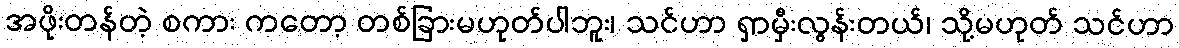
အဖိုးတန်တဲ့ စကား ကတော့ တစ်ခြားမဟုတ်ပါဘူး၊ သင်ဟာ ရှာမှီးလွန်းတယ်၊ သို့မဟုတ် သင်ဟာ